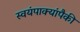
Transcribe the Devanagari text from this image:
स्वयंपाक्यांपैकी